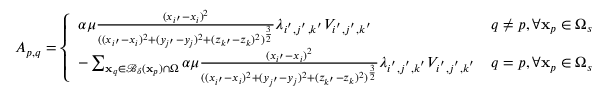
A _ { p , q } = \left\{ \begin{array} { l l } { \alpha \mu \frac { ( x _ { i ^ { \prime } } - x _ { i } ) ^ { 2 } } { ( ( x _ { i ^ { \prime } } - x _ { i } ) ^ { 2 } + ( y _ { j ^ { \prime } } - y _ { j } ) ^ { 2 } + ( z _ { k ^ { \prime } } - z _ { k } ) ^ { 2 } ) ^ { \frac { 3 } { 2 } } } \lambda _ { i ^ { ' } , j ^ { ' } , k ^ { ' } } V _ { i ^ { ' } , j ^ { ' } , k ^ { ' } } } & { q \neq p , \forall \mathbf { x } _ { p } \in \Omega _ { s } } \\ { - \sum _ { \mathbf { x } _ { q } \in \mathcal { B } _ { \delta } ( \mathbf { x } _ { p } ) \cap \Omega } \alpha \mu \frac { ( x _ { i ^ { \prime } } - x _ { i } ) ^ { 2 } } { ( ( x _ { i ^ { \prime } } - x _ { i } ) ^ { 2 } + ( y _ { j ^ { \prime } } - y _ { j } ) ^ { 2 } + ( z _ { k ^ { \prime } } - z _ { k } ) ^ { 2 } ) ^ { \frac { 3 } { 2 } } } \lambda _ { i ^ { ' } , j ^ { ' } , k ^ { ' } } V _ { i ^ { ' } , j ^ { ' } , k ^ { ' } } } & { q = p , \forall \mathbf { x } _ { p } \in \Omega _ { s } } \end{array} \right.